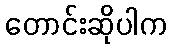
တောင်းဆိုပါက